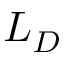
L _ { D }